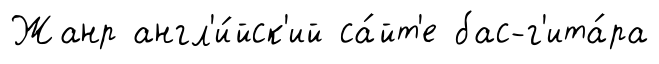
Жанр англ'и́йск'ий са́йт'е бас-г'ита́ра